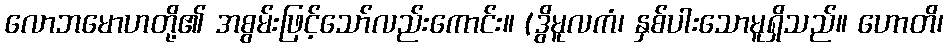
လောဘမောဟတို့၏ အစွမ်းဖြင့်သော်လည်းကောင်း။ (ဒွိမူလကံ၊ နှစ်ပါးသောမူရှိသည်။ ဟောတိ၊